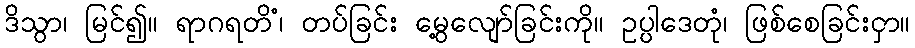
ဒိသွာ၊ မြင်၍။ ရာဂရတိံ၊ တပ်ခြင်း မွေ့လျော်ခြင်းကို။ ဥပ္ပါဒေတုံ၊ ဖြစ်စေခြင်းငှာ။